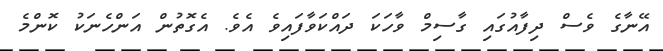
އޭނާގެ ވެސް ދިފާއުގައި ގާސިމް ވާހަކަ ދައްކަވާފައިވެ އެވެ. އެގޮތުން އަންހެނަކު ކޮންމެ